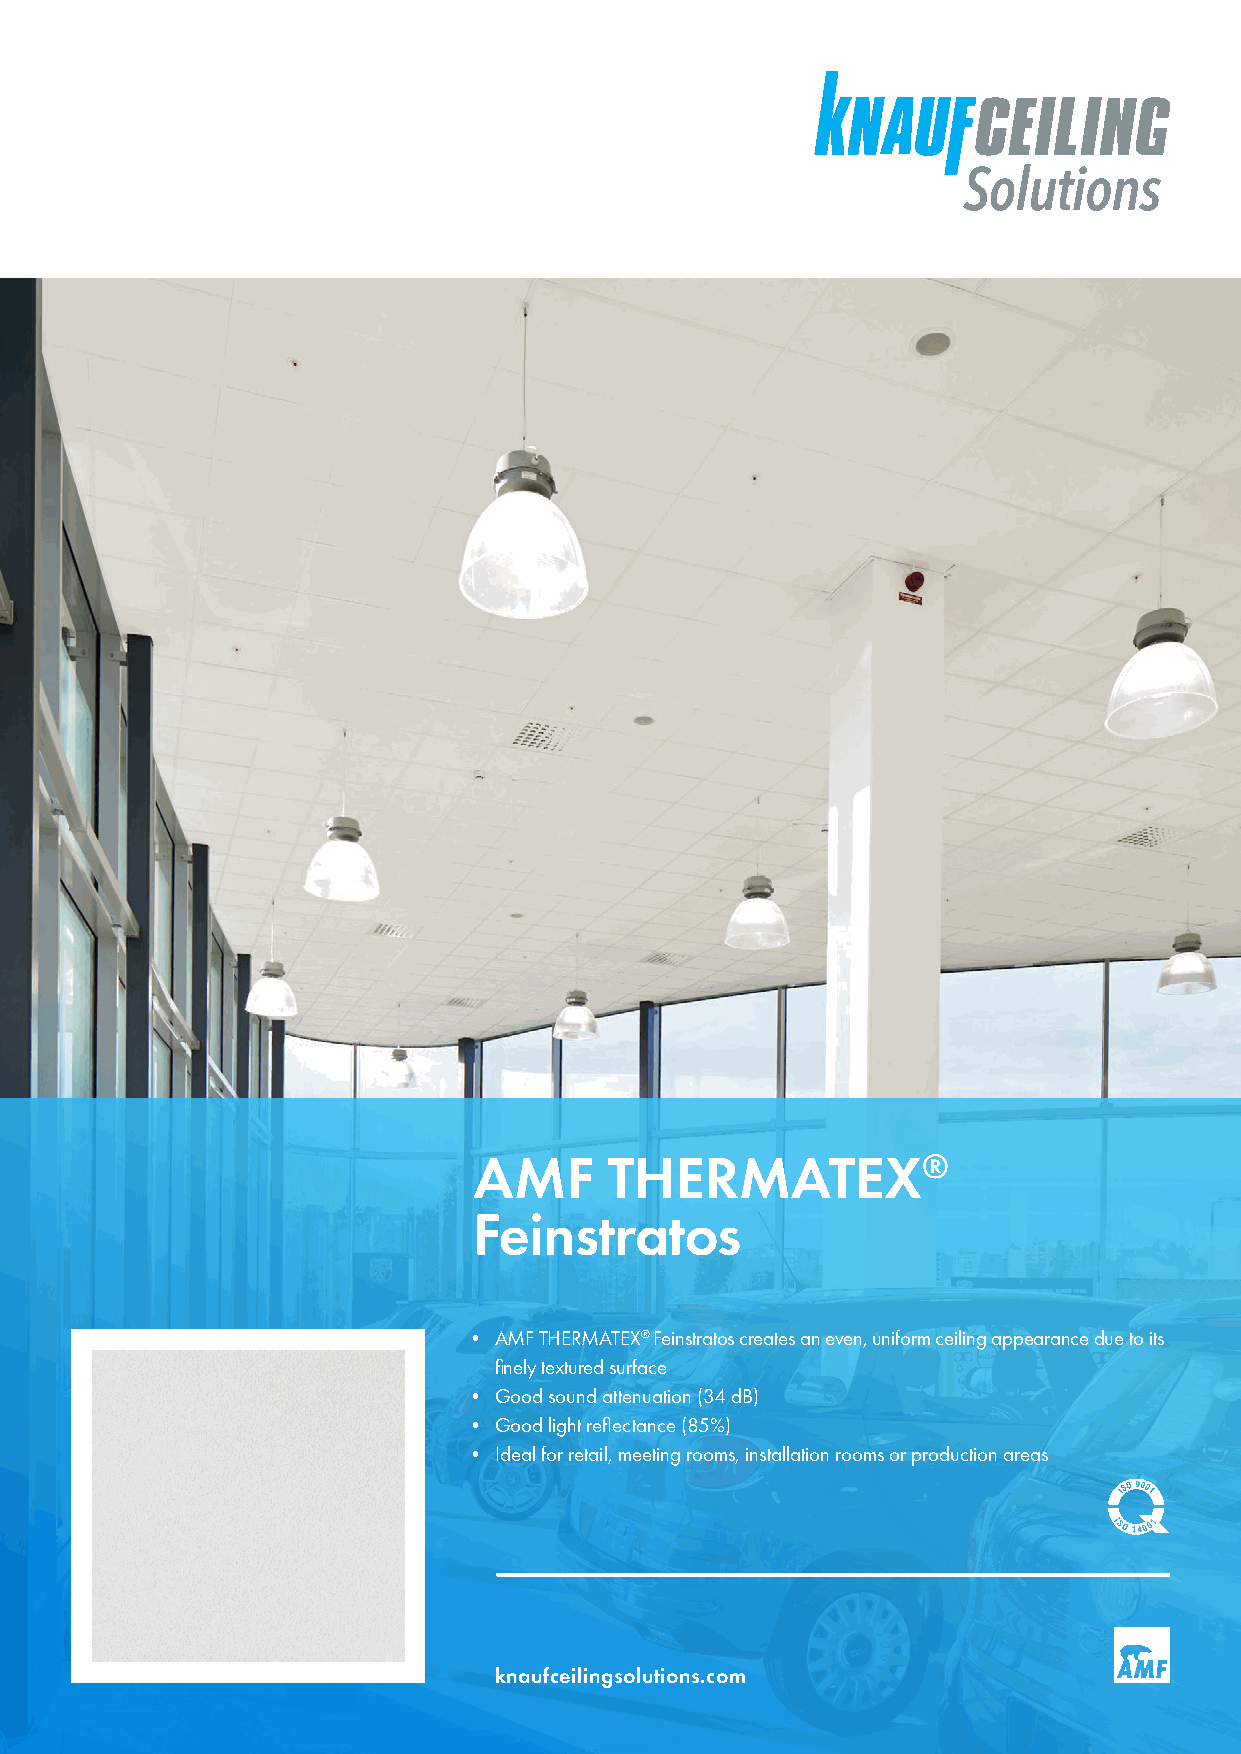
AMF      THERMATEX®
 Feinstratos
 • AMF THERMATEX® Feinstratos creates an even, uniform ceiling appearance due to its
 finely textured surface
 • Good sound attenuation (34 dB)
 • Good light reflectance (85%)
 • Ideal for retail, meeting rooms, installation rooms or production areas
 knaufceilingsolutions.com